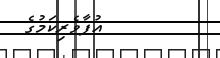
އުފާވެރިކަމުގެ